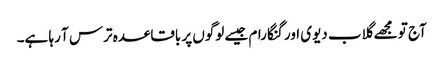
آج تو مجھے گلاب دیوی اور گنگا رام جیسے لوگوں پر باقاعدہ ترس آ رہا ہے۔